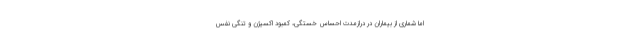
اما شماری از بیماران در درازمدت احساس خستگی، کمبود اکسیژن و تنگی نفس